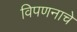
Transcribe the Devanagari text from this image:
विपणनाचे